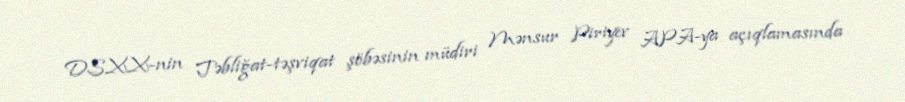
DSXX-nin Təbliğat-təşviqat şöbəsinin müdiri Mənsur Piriyev APA-ya açıqlamasında